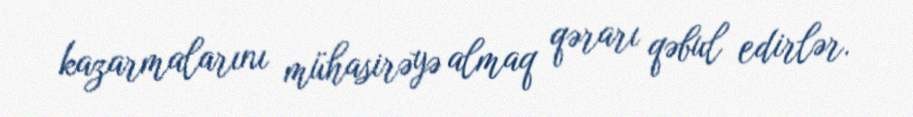
kazarmalarını mühasirəyə almaq qərarı qəbul edirlər.